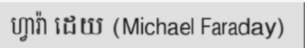
ហ្វារ៉ា ដេយ (Michael Faraday)